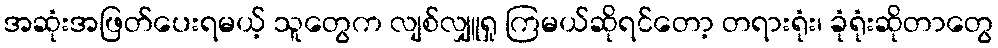
အဆုံးအဖြတ်ပေးရမယ့် သူတွေက လျစ်လျှူရှု ကြမယ်ဆိုရင်တော့ တရားရုံး၊ ခုံရုံးဆိုတာတွေ